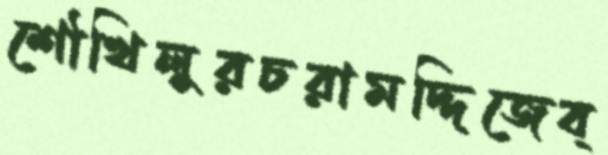
শৌখিলুরচরামদ্দিজেব্